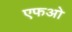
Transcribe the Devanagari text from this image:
एफओ